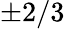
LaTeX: \pm 2/3